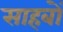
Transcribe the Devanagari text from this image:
साहबों